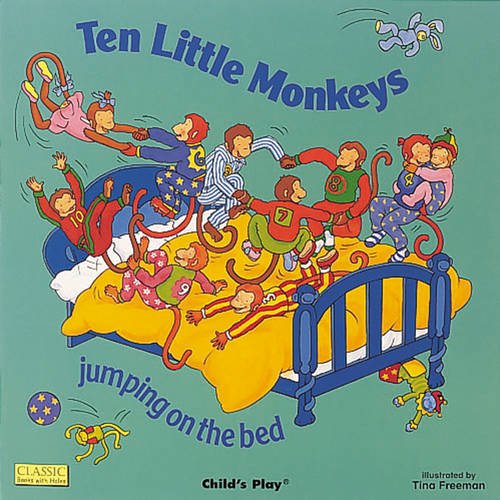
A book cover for Ten Little Monkeys Jumping on the Bed (Classic Books With Holes); Annie Kubler; Children's Books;